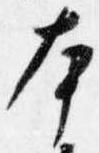
本